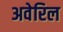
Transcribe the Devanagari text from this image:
अवेरिल